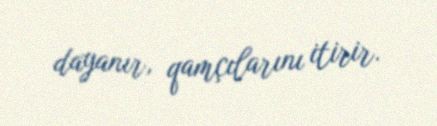
dayanır, qamçılarını itirir.